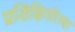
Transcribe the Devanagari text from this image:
प्रशिक्षितरित्या